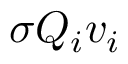
\sigma Q _ { i } v _ { i }